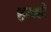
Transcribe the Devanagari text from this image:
शम्भवे